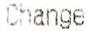
CHANGE